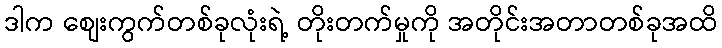
ဒါက စျေးကွက်တစ်ခုလုံးရဲ့ တိုးတက်မှုကို အတိုင်းအတာတစ်ခုအထိ